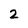
Character: 2